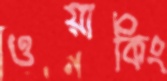
ওয়াকিং